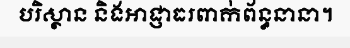
បរិស្ថាន និងអាជ្ញាធរពាក់ព័ន្ធនានា។